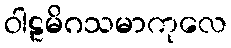
ဝါဠမိဂသမာကုလေ